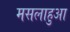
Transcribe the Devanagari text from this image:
मसलाहुआ